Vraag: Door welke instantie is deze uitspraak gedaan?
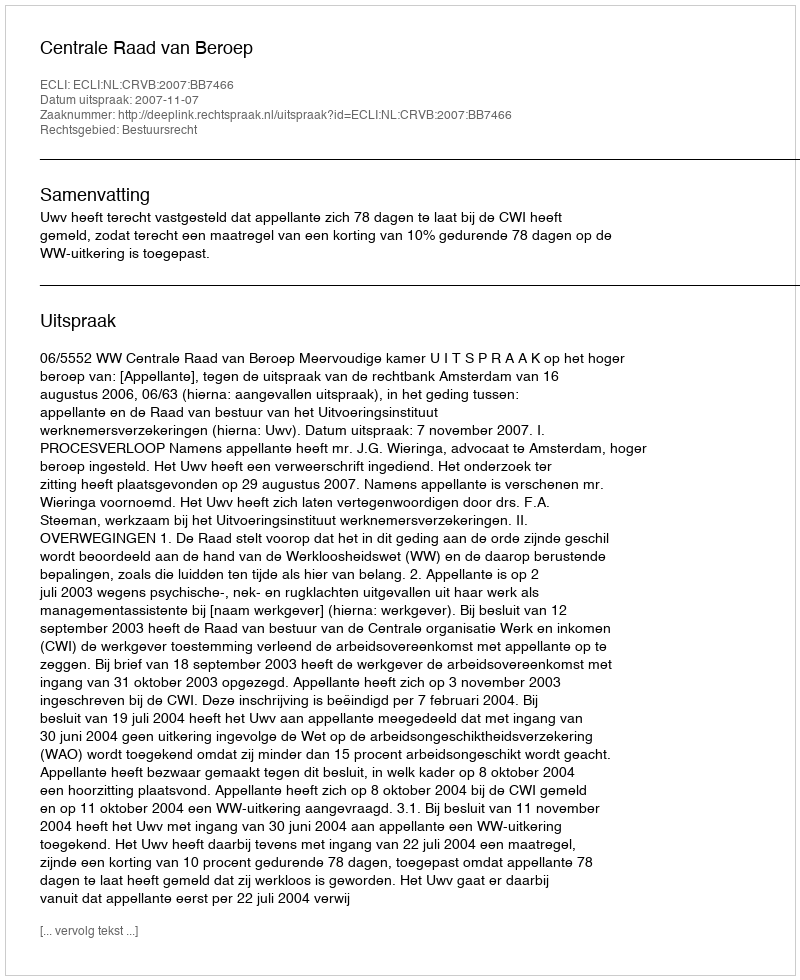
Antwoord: Centrale Raad van Beroep